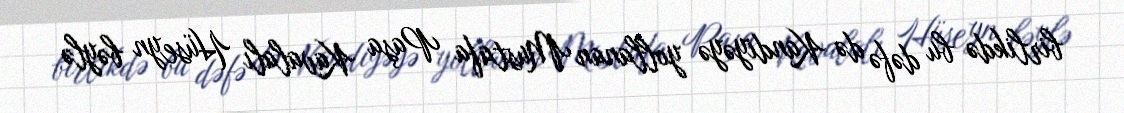
birlikdə bu dəfə də Kandiyəyə yollanan Mustafa Paşa Kavalalı Hüseyn bəylə